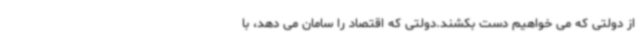
از دولتی که می خواهیم دست بکشند.دولتی که اقتصاد را سامان می دهد، با